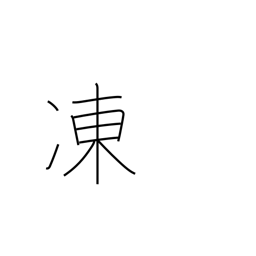
Meaning: frozen